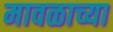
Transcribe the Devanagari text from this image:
मावळाच्या